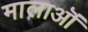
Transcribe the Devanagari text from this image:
मालाऒं